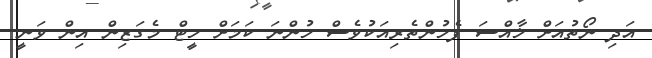
އަދި ނޯތުއަށް ޚާއްސަ ފެހުންތެރިއަކުވެސް ހުންނަ ކަމަށް ހީޓް މެގަޒިން އިން ވަނީ